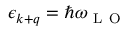
\epsilon _ { \boldsymbol { k } + \boldsymbol { q } } = \hbar \omega _ { \mathrm { ~ L ~ O ~ } }